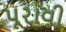
પૂરાવી